Annual statistical returns and brief notes on vaccination in Bengal - 1909-1929
Year: 1909
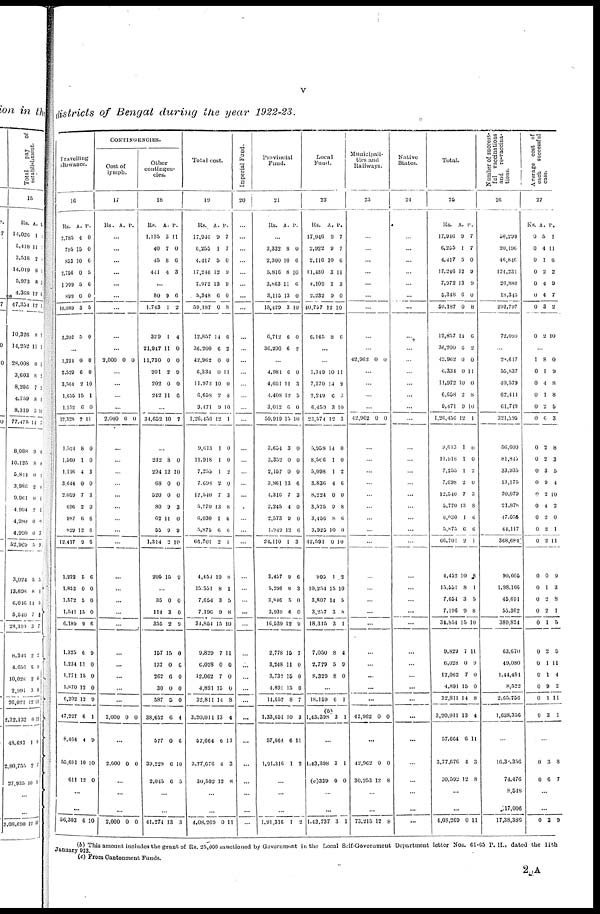
v
districts of Bengal during the year 1922-23.
Travelling
allowance.
16
Rs.
2,785
795
853
2,756
1,999
899
10,089
2,202
A.
4
15
10
0
0
0
3
5
P.
0
0
6
5
6
0
5
0
...
1,224
2,529
3,564
1,656
1,152
12,328
1,524
1,560
1,116
3,644
2,059
696
987
829
12,417
1,222
1,853
1,572
1,541
6,189
1,325
1,234
1,771
1,870
6,202
47,227
8,464
55,691
611
0
6
2
15
6
2
8
1
4
0
7
2
6
12
9
5
0
5
15
9
6
11
15
12
12
6
4
10
12
0
0
10
1
0
11
0
0
3
0
3
0
6
6
6
6
0
0
0
6
9
0
0
0
9
1
9
10
0
...
...
56,303 6 10
CONTINGENCIES.
Cost of
lymph.
17
Rs. A. P.
...
...
...
...
...
...
...
...
...
2,000 0 0
...
...
...
...
2,000 0 0
...
...
...
...
...
...
...
...
...
...
...
...
...
...
...
...
...
...
...
2,000 0 0
...
2,000 0 0
...
...
...
2,000 0 0
Other
contingen-
cies.
18
Rs.
1,135
40
45
441
A.
3
7
8
4
P.
11
0
6
3
...
80
1,743
329
21,947
11,730
201
202
242
9
1
1
11
0
2
0
11
6
2
4
0
0
9
0
6
...
34,652 10 7
...
232
294
68
520
80
62
55
1,314
205
8
12
0
0
9
11
9
2
15
0
10
0
0
3
0
9
10
9
...
35
114
355
157
137
262
30
587
38,652
577
39,229
2,045
0
3
2
15
0
6
0
5
6
0
6
6
0
0
9
0
0
0
0
0
4
6
10
5
...
...
41,274 13 3
Total cost.
19
Rs.
17,946
6,255
4,417
17,246
7,972
5,348
59,187
12,857
36,200
42,962
6,334
11,972
6,658
9,471
1,26,456
9,613
11,918
7,255
7,698
12,540
5,770
6,030
5,875
66,701
4,451
15,551
7,654
7,196
34,854
9,829
6,028
12,062
4,891
32,811
3,20,011
57,664
3,77,676
30,592
A.
0
1
5
12
13
6
0
14
6
0
0
10
2
9
12
1
1
1
2
7
13
1
6
2
10
8
3
9
15
7
0
7
15
14
13
6
4
12
P.
7
7
0
9
9
0
8
6
2
0
11
0
8
10
1
0
0
2
0
3
8
6
6
1
8
1
5
8
10
11
0
0
0
8
4
11
3
8
...
...
4,08,269 0
11
Imperial Fund.
20
...
...
...
...
...
...
...
...
...
...
...
...
...
...
...
...
...
...
...
...
...
...
...
...
...
...
...
...
...
...
...
...
...
...
...
...
...
...
...
...
...
Provincial
Fund.
21
Rs. A. P.
...
3,332
2,300
5,816
3,863
3,115
16,429
6,712
36,200
8
10
8
11
13
3
6
6
0
6
10
6
0
10
0
2
...
4,984
4,601
4,408
3,012
59,919
3,654
3,352
2,157
3,861
4,316
2,245
2,573
1,949
24,110
3,457
5,296
3,846
3,939
16,539
2,778
3,248
3,732
4,891
14,652
1,33,651
57,664
1,91,316
6
11
12
6
15
3
0
0
13
7
4
9
12
1
9
8
5
6
12
15
11
15
15
8
10
6
1
0
3
5
0
10
0
0
0
6
3
0
0
6
3
6
3
0
0
9
7
0
0
0
7
3
11
2
...
...
...
1,91,316
1 2
Local
Fund.
22
Rs.
17,946
2,922
2,116
11,430
4,109
2,232
40,757
6,145
A.
9
9
10
3
2
9
12
8
P.
7
7
6
11
3
0
10
6
...
...
1,349
7,370
2,249
6,459
23,574
5,958
8,566
5,098
3,836
8,224
3,525
3,456
3,925
42,591
995
10,254
3,807
3,257
18,315
7,050
2,779
8,329
10
14
6
3
12
14
1
1
4
0
9
8
10
0
1
15
14
3
3
8
5
8
11
9
0
10
3
0
0
2
6
0
8
6
0
10
2
10
5
8
1
4
9
0
...
18,159
(b)
1,43,398
6
3
1
1
...
1,43,398
(c)339
3
0
1
0
...
...
1,43,737 3
1
Municipali-
ties and
Railways.
23
...
...
...
...
...
...
...
...
..
42,962 0 0
...
...
...
...
42,962 0 0
...
...
...
...
...
...
...
...
...
...
...
...
...
...
...
...
...
...
...
42,962 0 0
...
42,962
30,253
0
12
0
8
...
...
73,215 12 8
Native
States.
24
...
...
...
...
...
...
...
...
...
...
...
...
...
...
...
...
...
...
...
...
...
...
...
...
...
...
...
...
...
...
...
...
...
...
...
...
...
...
...
...
...
Total.
25
Rs.
17,946
6,255
4,417
17,246
7,972
5,348
59,187
12,857
36,200
12,962
6,334
11,972
6,658
9,471
1,26,456
9,613
11,918
7,255
7,698
12,540
5,770
6,030
5,875
66,701
4,452
15,651
7,654
7,196
34,854
9,829
6,028
12,062
4,891
32,811
3,20,011
57,664
3,77,676
30,593
A.
9
1
5
12
13
6
0
14
6
0
0
10
2
9
12
1
1
1
2
7
13
1
6
2
10
8
3
9
15
7
0
7
15
14
13
6
4
12
P.
7
7
0
9
9
0
8
6
2
0
11
0
8
10
1
0
0
2
0
3
8
6
6
1
8
1
5
8
10
11
9
0
0
8
4
11
3
8
...
...
4,08,269
0 11
Number of success-
ful vaccinations
and re-vaccina-
tions.
26
56,299
20,196
46,846
124,231
26,880
18,345
292,797
72,099
...
24,617
55,837
40,579
62,414
61,749
324,295
56,600
81,845
33,935
13,175
70,079
21,878
47,055
44,117
368,684
90,605
1,98,166
45,691
55,362
389,824
63,670
49,080
1,44,481
8,522
2,65,756
1,638,356
...
16,3,356
74,476
8,548
17,006
17,38,386
Average cost of
each successful
case.
27
Rs.
0
0
0
0
0
0
0
0
A.
5
4
1
2
4
4
3
2
P.
1
11
6
2
9
7
2
10
...
1
0
0
0
0
0
0
0
0
0
0
0
0
0
0
0
0
0
0
0
0
0
0
0
0
0
8
1
4
1
2
6
2
2
3
9
2
4
2
2
2
0
1
2
2
1
2
1
1
9
1
3
0
9
8
8
5
3
8
3
5
4
10
2
0
1
11
9
3
8
1
5
5
11
4
2
11
1
...
0
0
3
6
8
7
...
...
0 3 9
(b) This amount includes the grant of Rs. 25,000 sanctioned by Government in the Local Self-Government Department letter Nos. 61-65 P. H., dated the lith
January 923.
(c) From Cantonment Funds.
2 A